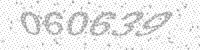
Solution: 060639